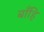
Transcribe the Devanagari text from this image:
बाँहि